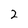
Character: 2